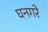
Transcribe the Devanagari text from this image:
घनगरे